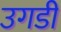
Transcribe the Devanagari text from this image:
उगडी